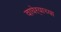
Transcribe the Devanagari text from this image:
वाघेऱ्याच्या